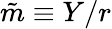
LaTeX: {\tilde{m}}\equiv Y/r